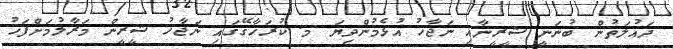
ދައުލަތުން ބުނަނީ ޝީރީނާއި ނަޖާހު އުޅެމުންދިޔަ މ. ކުރަހާގޭގައި ނަޖާހު ޝީރީން މަރާލުމަށްފަހު